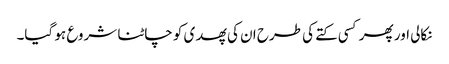
نکالی اور پھر کسی کتے کی طرح ان کی پھدی کو چاٹنا شروع ہو گیا۔